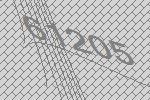
61205